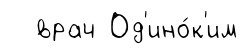
врач Од'ино́к'им